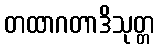
တထာဂတာဒိသုတ္တ